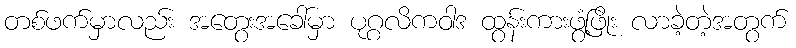
တစ်ဖက်မှာလည်း အတွေးအခေါ်မှာ ပုဂ္ဂလိကဝါဒ ထွန်းကားဖွံ့ဖြိုး လာခဲ့တဲ့အတွက်